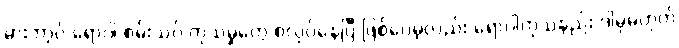
မားဘာ့ဂ် ရောဂါ စမ်းသပ် ကုသမှုတွေ စလုပ်နေပြီ ဖြစ်ပေမဲ့လည်း ရောဂါကုသနည်း ဒါမှမဟုတ်